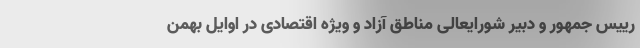
رییس جمهور و دبیر شورایعالی مناطق آزاد و ویژه اقتصادی در اوایل بهمن